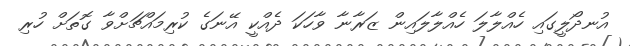
އުނދޯލީގައި ހެއްލާލަ ހެއްލާލައިން ޒަރާނާ ވާހަކަ ދެއްކީ އޭނަގެ ކުރިމައްޗަށްވާ ގޮތަށް ހުރި